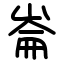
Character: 崙